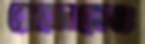
রোবেনকেও